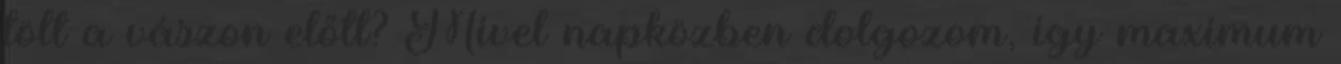
tölt a vászon előtt? Mivel napközben dolgozom, így maximum